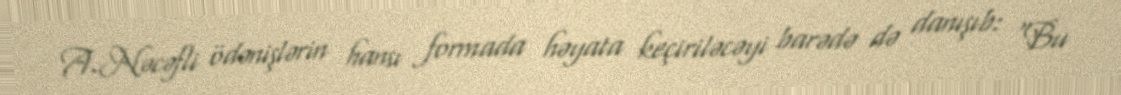
A.Nəcəfli ödənişlərin hansı formada həyata keçiriləcəyi barədə də danışıb: "Bu